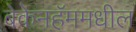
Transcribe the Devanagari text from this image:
बेकेनहॅममधील